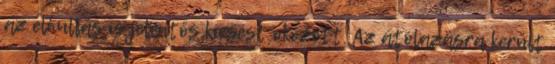
az elhullás is jelentős kiesést okozott. Az átólazásra került